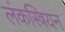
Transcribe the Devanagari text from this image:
लंकस्त्रियन